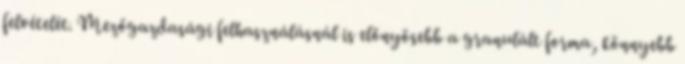
felvételét. Mezőgazdasági felhasználásnál is előnyösebb a granulált forma, könnyebb